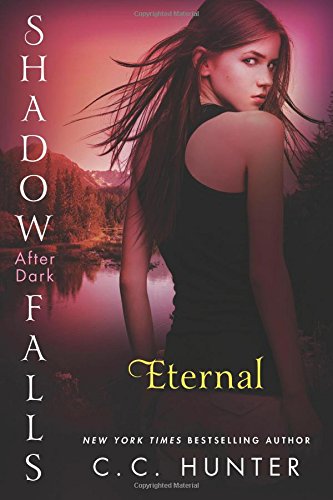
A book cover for Eternal: Shadow Falls: After Dark; C. C. Hunter; Teen & Young Adult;